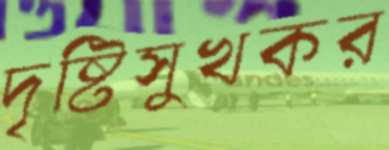
দৃষ্টিসুখকর